Civil Veterinary Dept. North-West Frontier Province 1901-22 - 1901-1922
Year: 1901
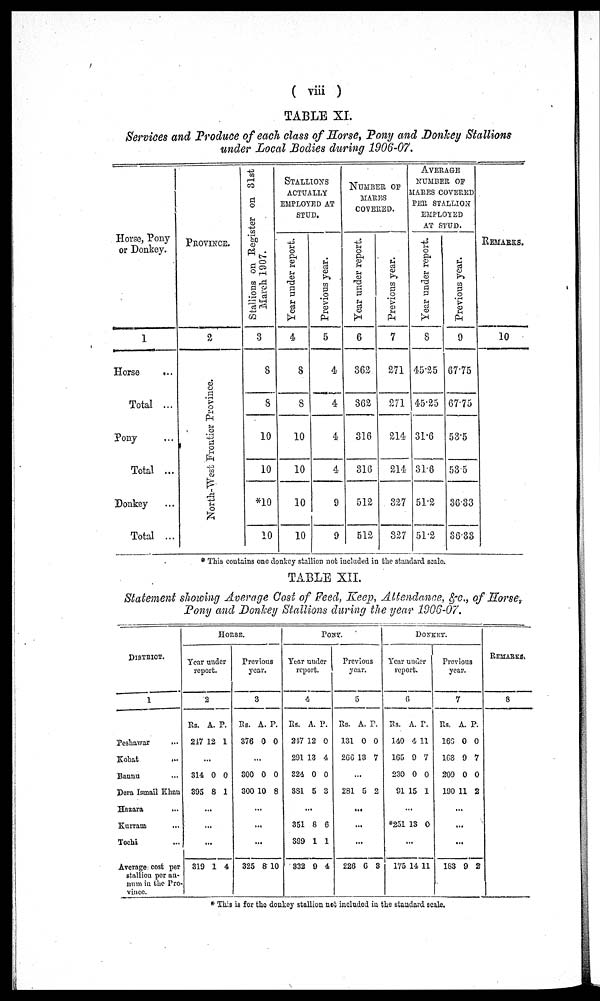
(viii)
TABLE XI.
Services and Produce of each class of Horse, Pony and Donkey Stallions
under Local Bodies during 1906-07.
Horse, Pony
or Donkey.
1
Horse
...
Total ...
Pony ...
Total ...
Donkey ...
Total ...
PROVINCE.
2
North-West Frontier Province.
Stallions on Register on 81st
March 1907.
3
8
8
10
10
*10
10
STALLIONS
ACTUALLY
EMPLOYED AT
STUD.
Year under report.
4
8
8
10
10
10
10
Previous year.
5
4
4
4
4
9
9
NUMBER OF
MARKS
COVERED.
Year under report.
6
862
362
316
316
512
512
Previous year.
7
271
271
214
214
827
327
AVERAGE
NUMBER OF
MARES COVERED
PER STALLION
EMPLOYED
AT STUD.
Year under report.
8
45.25
45.25
31.6
31.6
51.2
51.2
Previous year.
9
67.75
67.75
53.5
58.5
36.33
36.33
REMARKS.
10
* This contains one donkey stallion not included in the standard scale.
TABLE XII.
Statement showing Average Cost of Feed, Keep, Attendance, &c., of Horse,
Pony and Donkey Stallions during the year 1906-07.
DISTEICT.
1
Peshawar
...
Kohat
...
Banna
Dera Ismail Khan
Hasara ...
Kurram
...
Tochi ...
Average, cost per
stallion per an-
num in the Pro-
vince.
HORES.
Year under.
reporr
2
Rs.
247
.
814
895
...
...
...
819
A.
12
..
0
8
1
P.
1
0
1
4
Previous
year.
3
Rs.
876
.
800
800
...
...
...
825
A.
0
..
0
10
8
P.
0
0
8
10
PONY.
Year under.
reporr
4
Rs.
217
291
824
881
...
851
899
832
A. P
12
13
0
5
8
1
0
.
0
4
0
8
6
1
4
Previous
year.
5
Rs.
131
268
...
281
...
...
...
228
A.
0
18
..
5
6
P.
0
7
2
8
DONKEY.
Year under.
reporr
6
Rs.
140
165
230
91
...
251
...
175
A.
4
9
0
15
18
14
P.
11
7
0
1
0
11
Previous
year.
7
Rs.
165
168
209
190
...
...
...
188
A.
0
9
0
11
9
P.
0
7
0
2
2
REMARKS.
8
* This is for the donkey stallion not included in the standard scale.